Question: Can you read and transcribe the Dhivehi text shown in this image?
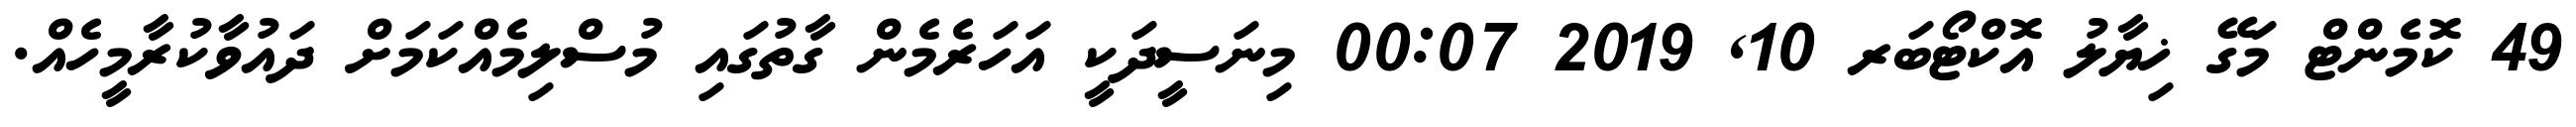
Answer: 49 ކޮމެންޓް މަގޭ ޚިޔާލު އޮކްޓޯބަރ 10, 2019 00:07 މިނަސީދަކީ އަހަރެމެން ގާތުގައި މުސްލިމެއްކަމަށް ދައުވާކުރާމީހެއް.